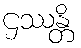
ဌဿန္တိ